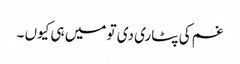
غم کی پٹاری دی تو میں ہی کیوں ۔